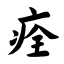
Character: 痊